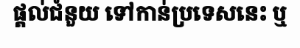
ផ្តល់ជំនួយ ទៅកាន់ប្រទេសនេះ ឬ